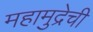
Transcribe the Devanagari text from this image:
महामुद्रेची